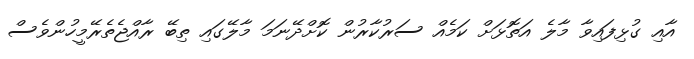
އާއި ގުޅިފައިވާ މާލެ އަތޮޅަށް ކަމެއް ސަރުކާރުން ކޮށްދޭނަމަ މާލޭގައި ތިބޭ ރާއްޖެތެރޭމީހުންވެސް